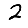
Digit: 2